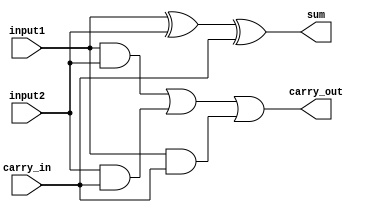
`timescale 1ns / 1ps
//////////////////////////////////////////////////////////////////////////////////
// By: Jatin Kumar Madav
//
// Module Name:    Full-Adder-Circuit 
//
// Description: A simple Full Adder Circuit using XOR and AND Gates
//
//////////////////////////////////////////////////////////////////////////////////
module FullAdderCircuit(
	input input1,
	input input2,
	input carry_in,
	output sum,
	output carry_out
    );

xor(sum, input1, input2, carry_in);

and(tempVar1, input1, input2);
and(tempVar2, input2, carry_in);
and(tempVar3, input1, carry_in);

or(carry_out, tempVar1, tempVar2, tempVar3);

endmodule